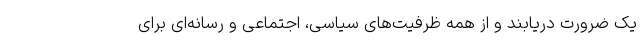
یک ضرورت دریابند و از همه ظرفیت‌های سیاسی، اجتماعی و رسانه‌ای برای